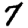
Digit: 7